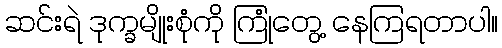
ဆင်းရဲ ဒုက္ခမျိုးစုံကို ကြုံတွေ့ နေကြရတာပါ။